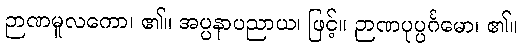
ဉာဏမူလကော၊ ၏။ အပ္ပနာပညာယ၊ ဖြင့်။ ဉာဏပုပ္ပင်္ဂမော၊ ၏။